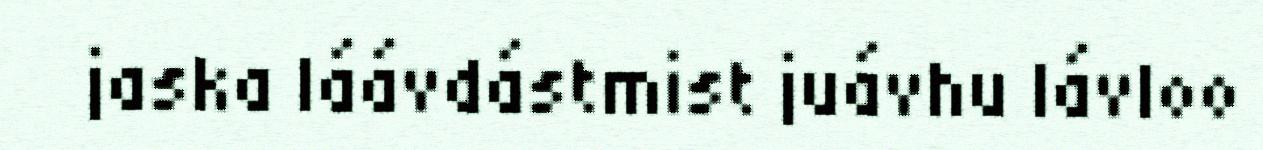
jaska láávdástmist juávhu lávloo